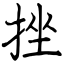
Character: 挫